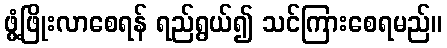
ဖွံ့ဖြိုးလာစေရန် ရည်ရွယ်၍ သင်ကြားစေရမည်။